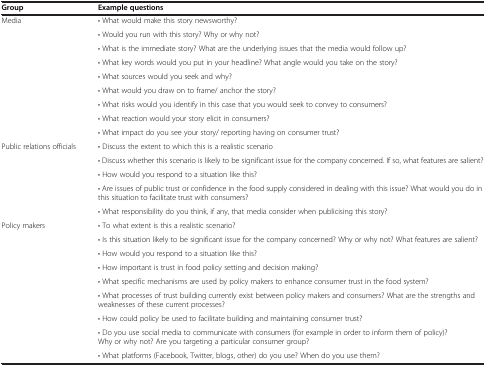
| Group | Example questions |
 | --- | --- |
 | <ROWSPAN=9> Media | •What would make this story newsworthy? |
 | •Would you run with this story? Why or why not? |
 | •What is the immediate story? What are the underlying issues that the media would follow up? |
 | •What key words would you put in your headline? What angle would you take on the story? |
 | •What sources would you seek and why? |
 | •What would you draw on to frame/ anchor the story? |
 | •What risks would you identify in this case that you would seek to convey to consumers? |
 | •What reaction would your story elicit in consumers? |
 | •What impact do you see your story/ reporting having on consumer trust? |
 | <ROWSPAN=5> Public relations officials | •Discuss the extent to which this is a realistic scenario |
 | •Discuss whether this scenario is likely to be significant issue for the company concerned. If so, what features are salient? |
 | •How would you respond to a situation like this? |
 | •Are issues of public trust or confidence in the food supply considered in dealing with this issue? What would you do in this situation to facilitate trust with consumers? |
 | •What responsibility do you think, if any, that media consider when publicising this story? |
 | <ROWSPAN=9> Policy makers | •To what extent is this a realistic scenario? |
 | •Is this situation likely to be significant issue for the company concerned? Why or why not? What features are salient? |
 | •How would you respond to a situation like this? |
 | •How important is trust in food policy setting and decision making? |
 | •What specific mechanisms are used by policy makers to enhance consumer trust in the food system? |
 | •What processes of trust building currently exist between policy makers and consumers? What are the strengths and weaknesses of these current processes? |
 | •How could policy be used to facilitate building and maintaining consumer trust? |
 | •Do you use social media to communicate with consumers (for example in order to inform them of policy)? Why or why not? Are you targeting a particular consumer group? |
 | •What platforms (Facebook, Twitter, blogs, other) do you use? When do you use them? |